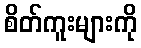
စိတ်ကူးများကို